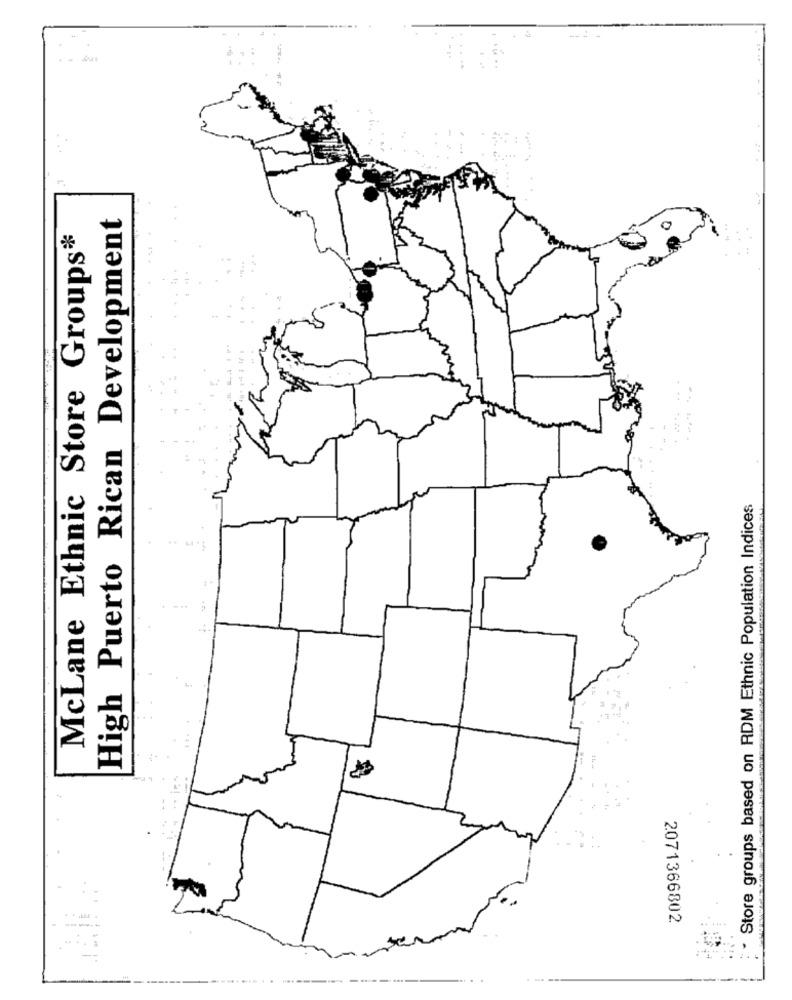
... .
High Puerto Rican Development
McLane Ethnic Store Groups*
Store groups based on RDM Ethnic Population Indices
2071366802